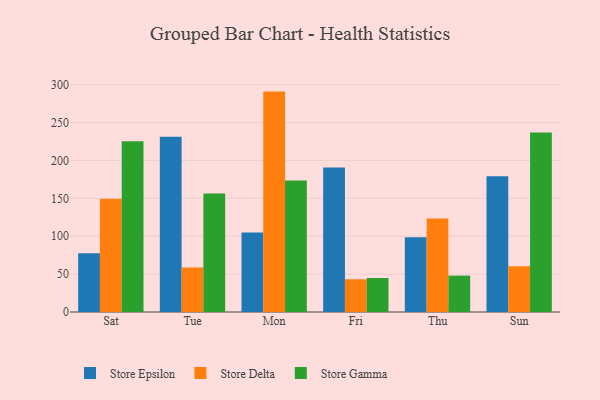
{"axis": {"x": "Day", "y": "Bounce Rate (%)"}, "legend": ["Store Delta", "Store Epsilon", "Store Gamma"], "data": [{"x": "Sat", "y": 77.5, "type": "Store Epsilon"}, {"x": "Sat", "y": 149.5, "type": "Store Delta"}, {"x": "Sat", "y": 225.4, "type": "Store Gamma"}, {"x": "Tue", "y": 231.3, "type": "Store Epsilon"}, {"x": "Tue", "y": 58.7, "type": "Store Delta"}, {"x": "Tue", "y": 156.4, "type": "Store Gamma"}, {"x": "Mon", "y": 105.0, "type": "Store Epsilon"}, {"x": "Mon", "y": 290.8, "type": "Store Delta"}, {"x": "Mon", "y": 173.4, "type": "Store Gamma"}, {"x": "Fri", "y": 190.8, "type": "Store Epsilon"}, {"x": "Fri", "y": 43.2, "type": "Store Delta"}, {"x": "Fri", "y": 44.9, "type": "Store Gamma"}, {"x": "Thu", "y": 98.5, "type": "Store Epsilon"}, {"x": "Thu", "y": 123.4, "type": "Store Delta"}, {"x": "Thu", "y": 48.0, "type": "Store Gamma"}, {"x": "Sun", "y": 179.0, "type": "Store Epsilon"}, {"x": "Sun", "y": 60.5, "type": "Store Delta"}, {"x": "Sun", "y": 236.8, "type": "Store Gamma"}]}